Indian journal of veterinary science and animal husbandry - Volume 3,
Year: 1933
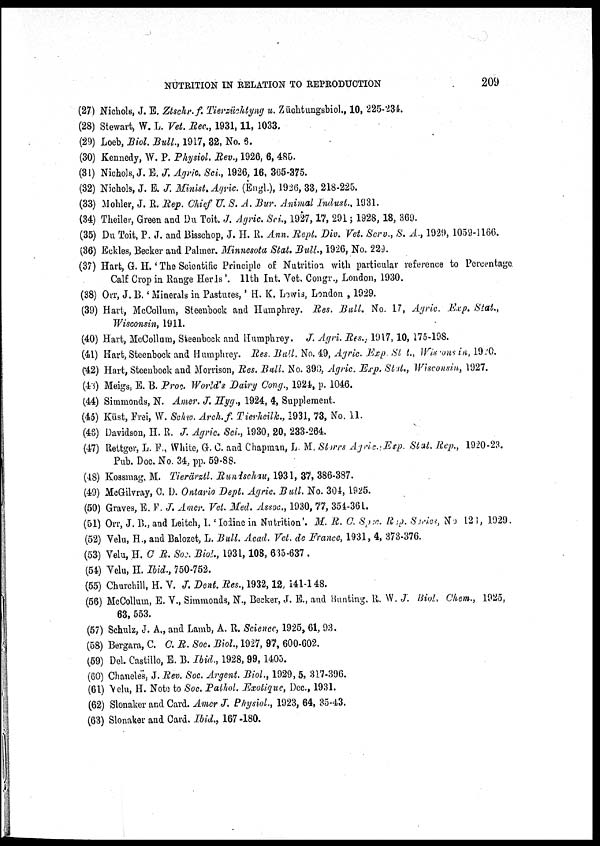
NUTRITION IN RELATION TO REPRODUCTION
209
(27) Nichols, J. E. Ztschr. f. Tierziichtyng u. Züchtungsbiol., 10, 225-234.
(28) Stewart, W. L. Vet. Rec., 1931, 11, 1033.
(29) Loeb, Biol. Bull., 1917, 32, No. 6.
(30) Kennedy, W. P. Physiol. Rev., 1926, 6, 485.
(31) Nichols, J. E. J. Agric. Sci., 1926, 16, 365-375.
(32) Nichols, J. E. J. Minist. Agric. (Engl.), 1926, 33, 218-225.
(33) Mohler, J. R. Rep. Chief U. S. A. Bur. Animal Indust., 1931.
(34) Theiler, Green and Du Toit. J. Agric. Sci., 1927, 17, 291 ; 1928, 18, 369.
(35) Du Toit, P. J. and Bisschop, J. H. R. Ann. Rept. Div. Vet. Serv., S. A., 1929, 1059-1166.
(36) Eckles, Becker and Palmer. Minnesota Stat. Bull., 1926, No. 229.
(37) Hart, G. H. ' The Scientific Principle of Nutrition with particular reference to Percentage.
Calf Crop in Range Herds '. 11th Int. Vet. Congr., London, 1930.
(38) Orr, J. B. ' Minerals in Pastures,' H. K. Lewis, London , 1929.
(39) Hart, McCollum, Steenbock and Humphrey. Res. Bull. No. 17, Agric. Exp. Stat.,
Wisconsin, 1911.
(40) Hart, McCollum, Steenbock and Humphrey. J. Agri. Res., 1917, 10, 175-198.
(41) Hart, Steenbock and Humphrey. Res. Bull. No. 49, Agric. Exp. Stat., Wisconsin, 1920.
(42) Hart, Steenbock and Morrison, Res. Bull. No. 390, Agric. Exp. Stat., Wisconsin, 1927.
(43) Meigs, E. B. Proc. World's Dairy Cong., 1924, p. 1046.
(44) Simmonds, N. Amer. J. Hyg., 1924, 4, Supplement.
(45) Küst, Frei, W. Schw. Arch. f. Tierheilk., 1931, 73, No. 11.
(46) Davidson, H. R. J. Agric. Sci., 1930, 20, 233-264.
(47) Rettger, L. F., White, G. C. and Chapman, L. M. Storrs Agric., Exp. Stat. Rep., 1920-23.
Pub. Doc. No. 34, pp. 59-88.
(48) Kossmag, M. Tierärztl. Rundschau, 1931, 37, 386-387.
(49) McGilvray, C. D. Ontario Dept. Agric. Bull. No. 304, 1925.
(50) Graves, E. F. J. Amer. Vet. Med. Assoc., 1930, 77, 354-361.
(51) Orr, J. B., and Leitch, I. ' Iodine in Nutrition '. M. R. C. Spec. Rep. Series, No. 126, 1929.
(52) Velu, H., and Balozet, L. Bull. Acad. Vet. de France, 1931, 4, 373-376.
(53) Velu, H. C. R. Soc. Biol., 1931, 108, 635-637 .
(54) Velu, H. Ibid., 750-752.
(55) Churchill, H. V. J. Dent. Res., 1932, 12, 141-148.
(56) McCollum, E. V., Simmonds, N., Becker, J. E., and Bunting. R. W. J. Biol, Chem., 1925,
63, 553.
(57) Schulz, J. A., and Lamb, A. R. Science, 1925, 61, 93.
(58) Bergara, C. C. R. Soc. Biol., 1927, 97, 600-602.
(59) Del. Castillo, E. B. Ibid., 1928, 99, 1405.
(60) Chaneles, J. Rev. Soc. Argent. Biol., 1929, 5, 317-396.
(61) Velu, H. Note to Soc. Pathol. Exotique, Dec., 1931.
(62) Slonaker and Card. Amer J. Physiol., 1923, 64, 35-43.
(63) Slonaker and Card. Ibid., 167-180.